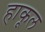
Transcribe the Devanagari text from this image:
हाकूल